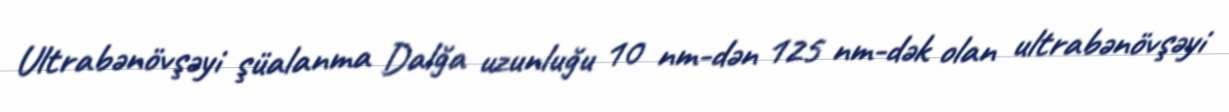
Ultrabənövşəyi şüalanma Dalğa uzunluğu 10 nm-dən 125 nm-dək olan ultrabənövşəyi